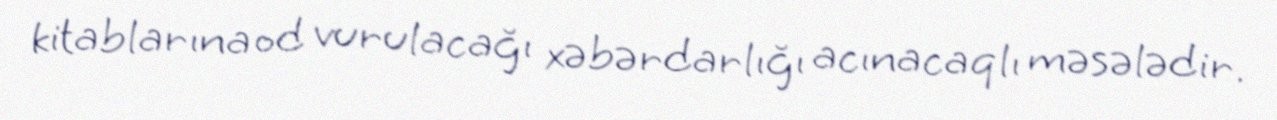
kitablarına od vurulacağı xəbərdarlığı acınacaqlı məsələdir.